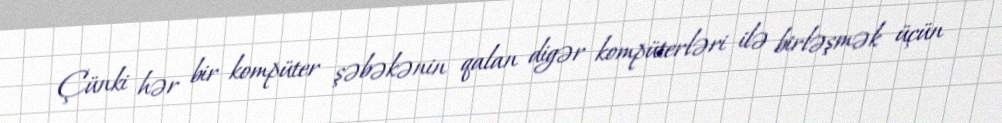
Çünki hər bir kompüter şəbəkənin qalan digər kompüterləri ilə birləşmək üçün